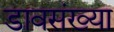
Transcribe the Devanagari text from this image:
डावसंख्या